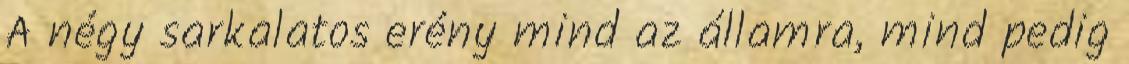
A négy sarkalatos erény mind az államra, mind pedig